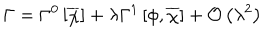
LaTeX: \Gamma = \Gamma ^ { 0 } \left[ \overline { { { \chi } } } \right] + \lambda \Gamma ^ { 1 } \left[ \phi , \overline { { { \chi } } } \right] + { \mathcal O } \left( \lambda ^ { 2 } \right)